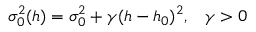
\sigma _ { 0 } ^ { 2 } ( h ) = \sigma _ { 0 } ^ { 2 } + \gamma ( h - h _ { 0 } ) ^ { 2 } , \; \; \; \gamma > 0